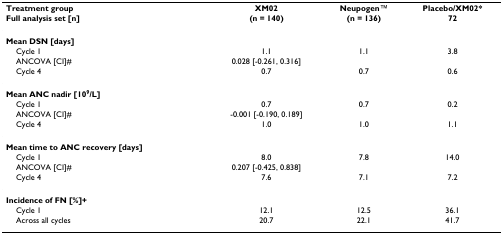
<table><thead><tr><td><b>Treatment group</b></td><td><b>XM02</b></td><td><b>NeupogenTM</b></td><td><b>Placebo/XM02*</b></td></tr><tr><td><b>Full analysis set [n]</b></td><td><b>(n = 140)</b></td><td><b>(n = 136)</b></td><td><b>72</b></td></tr></thead><tbody><tr><td><b>Mean DSN [days]</b></td><td>[EMPTY_CELL]</td><td>[EMPTY_CELL]</td><td>[EMPTY_CELL]</td></tr><tr><td> Cycle 1</td><td>1.1</td><td>1.1</td><td>3.8</td></tr><tr><td> ANCOVA [CI]#</td><td>0.028 [-0.261, 0.316]</td><td>[EMPTY_CELL]</td><td>[EMPTY_CELL]</td></tr><tr><td> Cycle 4</td><td>0.7</td><td>0.7</td><td>0.6</td></tr><tr><td><b>Mean ANC nadir [10<sup>9</sup>/L]</b></td><td>[EMPTY_CELL]</td><td>[EMPTY_CELL]</td><td>[EMPTY_CELL]</td></tr><tr><td> Cycle 1</td><td>0.7</td><td>0.7</td><td>0.2</td></tr><tr><td> ANCOVA [CI]#</td><td>-0.001 [-0.190, 0.189]</td><td>[EMPTY_CELL]</td><td>[EMPTY_CELL]</td></tr><tr><td> Cycle 4</td><td>1.0</td><td>1.0</td><td>1.1</td></tr><tr><td><b>Mean time to ANC recovery [days]</b></td><td>[EMPTY_CELL]</td><td>[EMPTY_CELL]</td><td>[EMPTY_CELL]</td></tr><tr><td> Cycle 1</td><td>8.0</td><td>7.8</td><td>14.0</td></tr><tr><td> ANCOVA [CI]#</td><td>0.207 [-0.425, 0.838]</td><td>[EMPTY_CELL]</td><td>[EMPTY_CELL]</td></tr><tr><td> Cycle 4</td><td>7.6</td><td>7.1</td><td>7.2</td></tr><tr><td><b>Incidence of FN [%]+</b></td><td>[EMPTY_CELL]</td><td>[EMPTY_CELL]</td><td>[EMPTY_CELL]</td></tr><tr><td> Cycle 1</td><td>12.1</td><td>12.5</td><td>36.1</td></tr><tr><td> Across all cycles</td><td>20.7</td><td>22.1</td><td>41.7</td></tr></tbody></table>